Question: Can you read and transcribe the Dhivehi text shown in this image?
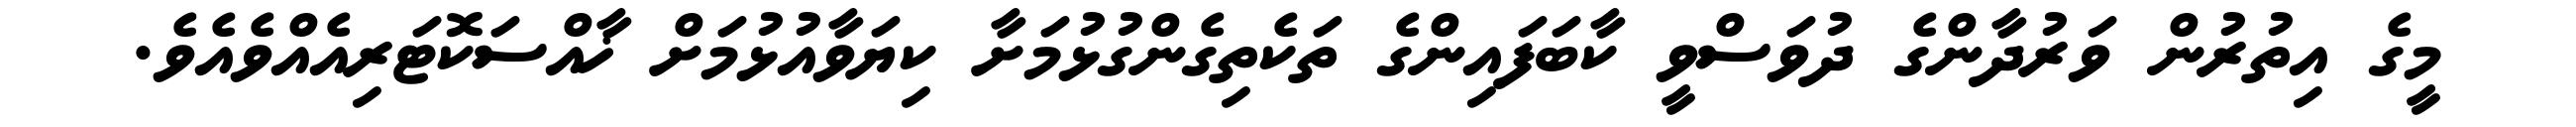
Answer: މީގެ އިތުރުން ވަރުދާންގެ ދުވަސްވީ ކާބަފައިންގެ ތަކެތިގެންގުޅުމަށާ ކިޔަވާއުޅުމަށް ޚާއްސަކޮޓަރިއެއްވެއެވެ.